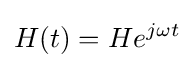
H(t)=He^{j\omega t}